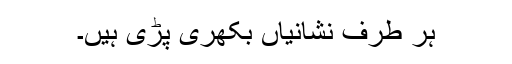
ہر طرف نشانیاں بکھری پڑی ہیں۔